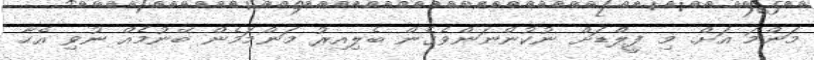
މަންމަ އަށް. މި ފީލްޑަށް ނުކުންނަންވެގެން ބެލިއިރު މަންމަމެން ބޭނުމެއް ނުވި އެހާ